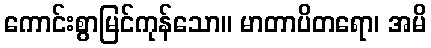
ကောင်းစွာမြင်ကုန်သော။ မာတာပိတရော၊ အမိ